Leaving Certificate Examination (including Day School Certificate (Higher) General paper), 1928
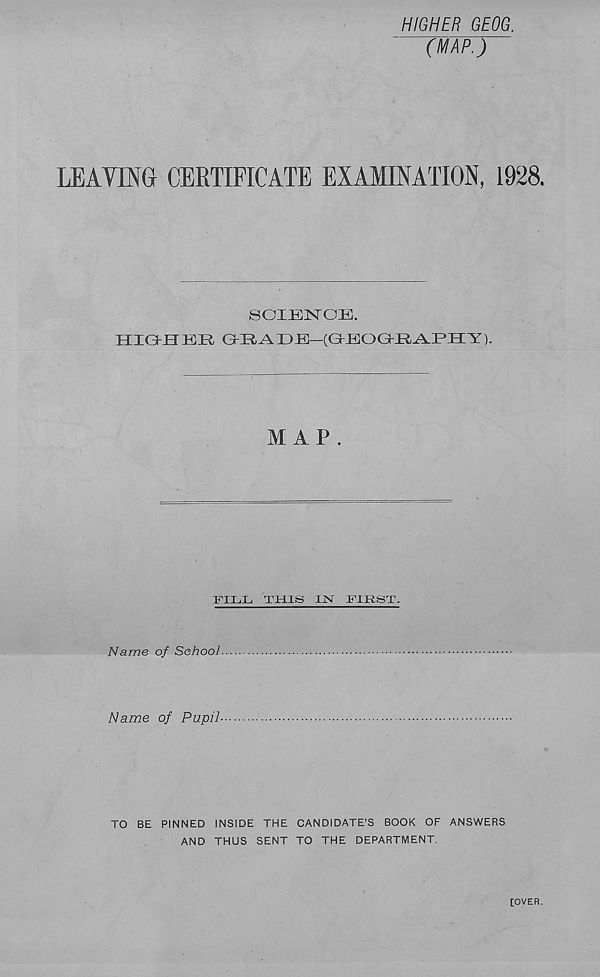
^IfraWiKia
j:?U m it' ,
iiiiX
fVc&Jt-/ -
~(T<ruj,.s
< phrji t\~
T : ' ;
‘jijnpA'te
l)aur(>t^
' Aiuvirtxrrmt
Rced/e*
vnYtiii
ihulutij
fa?
Xliiirfiou
in in ft'
Tuxthyf/.U-' f
tilyklc
mir’d*
•:iitJiei‘Vh2ixip h;
tYmqty
'.frrmunie-
lYewtdnvdt'
Psdtdoi 690 J
CiYUf/ton
^
U+rfinH' r/Js
' .en/li’ic/L
Ci’ciu
SstanfringAc
Zoh/ni 1 /.,
if^
Haitian
Wdioip-ff OvavJKi’.v
Linro.
can#, pi
\fruuie
fillcic
’.f. Chiu'
Tn' rn
m-MticA
lolcston Mouse.
miiyffjA
(BladcJiUi
do If lijitti!?
•
, iatni
’Smitity
.fp/niflt
dh •aide,*ton t
' .xeeuS
fa/ieej
Olll.Jfr
>01)1 CJl
Mu,U Vr/
Uinst
Kcuviej’
Net/iw
y 398^
(rrey.niaant
iai///'
Malgrarxl#
Canllr ton
phend
fjJton
■ ’/•/jolluf
Uiibocf
V ficullia>v\
'en'mill
‘PhtrUv'vd.C
"/'ton
Mil/J.a/1
incjpnibfnt
'Soum^ yietSn. of
ffliiSuc of
?-ppjffU-S
BiU’nJtead
'dmoriy
Jiallfxeri&f
TYo/’fffyQ
fttfrif
'i- o'vKhaxfla
CiiapeUull
Bairn i'll'
MC ¥
i/' icht.vit
Jfrv/flv
yyQfulla/ton
VfA rttvei
.ftmii
f]Zh ‘/fin ch
\WtMill
X for-c
[y/ ijA
y Babna/rron,
Mazutbleuni/ &■
/rnanqe
\fc/rc1
fj£iz,rte/‘ Den tt.’/i
'Bel/nJffsM CafHt It
Baste/' ,
^arli’Jiend
[Tfl’i/Jou’
(and
oornend
^arichead/
j i _ Jfcuigh of
if. 'oupd/Yfitinf O'orn
usmoim
■ •stone
Jiyehill
06'epi o m
Maine
ifBeimot
Bjft fim/i o
\{kiir!n
leaves
Italian
G/Yinp
On /.nature S/rrye i ',2/1.28.
Crown. C
-Brc'hr/- Iw
W
III
'fe/A hBiiicel >■ ’tviti
ltPs\ ^^(11
o
Scale o£* Ojj.e ladv to a Statute Mile
-/ Miles